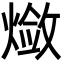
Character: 𬋃